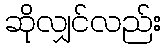
ဆိုလျှင်လည်း